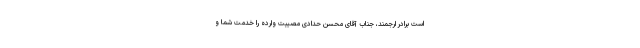
است برادر ارجمند، جناب آقای محسن حدادی مصیبت وارده را خدمت شما و